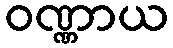
ဝဏ္ဏာယ